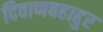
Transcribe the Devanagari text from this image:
दिवाणबहाद्दुर